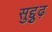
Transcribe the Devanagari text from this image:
सुद्दुृढ़